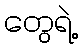
တွေရဲ့